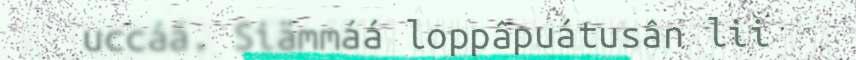
uccáá. Siämmáá loppâpuátusân lii